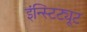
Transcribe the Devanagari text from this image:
इंन्स्टिट्यूट